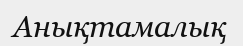
Анықтамалық